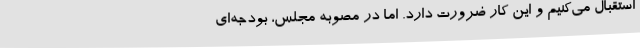
استقبال می‌کنیم و این کار ضرورت دارد. اما در مصوبه‌ مجلس، بودجه‌ای